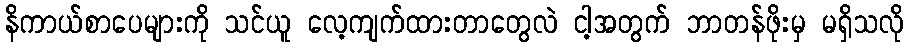
နိကာယ်စာပေများကို သင်ယူ လေ့ကျက်ထားတာတွေလဲ ငါ့အတွက် ဘာတန်ဖိုးမှ မရှိသလို